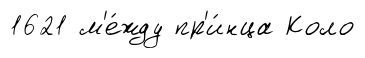
1621 м'е́жду пр'и́нца Коло